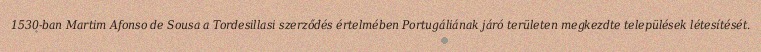
1530-ban Martim Afonso de Sousa a Tordesillasi szerződés értelmében Portugáliának járó területen megkezdte települések létesítését.